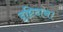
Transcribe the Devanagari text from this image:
दृष्टिदान।